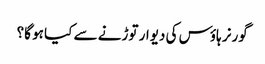
گورنر ہاؤس کی دیوار توڑنے سے کیا ہو گا؟